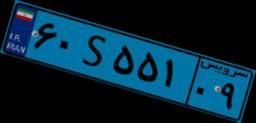
۹۱S۱۸۰۶۲